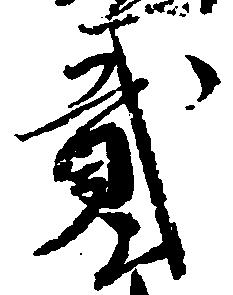
弐